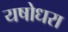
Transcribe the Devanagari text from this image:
यषोधरा